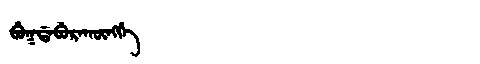
Manchu: ᠪᡠᡴᡩᠠᠪᡠᡵᠠᡴᡡᠩᡤᡝ
Romanization: BUKDABURAKŪNGGE